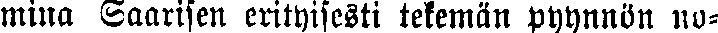
mina Saarisen erityisesti tekemän pyynnön no-